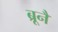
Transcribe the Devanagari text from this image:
ब्रूनै